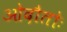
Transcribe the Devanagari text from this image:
ओदौतोः